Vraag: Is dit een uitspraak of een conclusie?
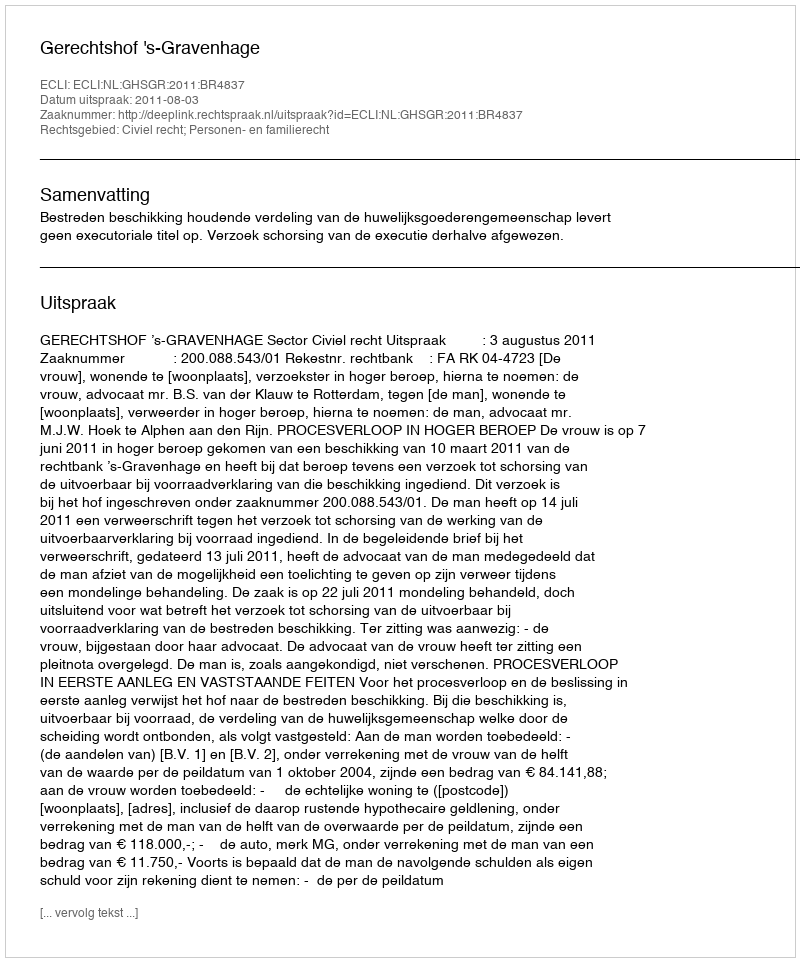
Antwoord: Uitspraak